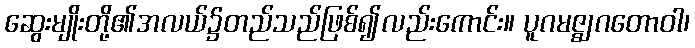
ဆွေးမျိုးတို့၏အလယ်၌တည်သည်ဖြစ်၍လည်းကောင်း။ ပူဂမဇ္ဈဂတောဝါ၊